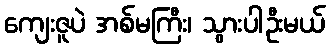
ကျေးဇူပဲ အစ်မကြီး၊ သွားပါဦးမယ်